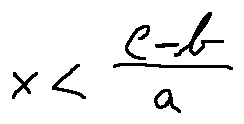
x < \frac { c - b } { a }